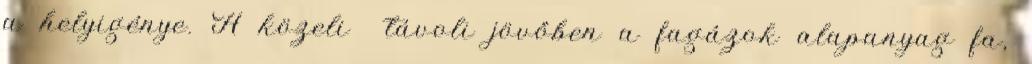
a helyigénye. A közeli távoli jövőben a fagázok alapanyag fa,